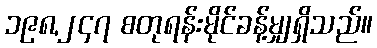
၁၉၈,၂၄၇ စတုရန်းမိုင်ခန့်မျှရှိသည်။